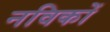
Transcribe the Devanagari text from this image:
नविकों